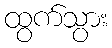
ထွက်သွား